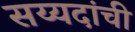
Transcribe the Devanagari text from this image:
सय्यदांची